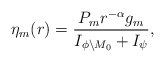
\begin{align*} \eta_m(r)=\frac{P_m r^{-\alpha}{g_m}}{I_{\phi\setminus M_0}+I_{\psi}},\end{align*}